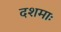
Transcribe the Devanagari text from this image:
दशमाः